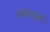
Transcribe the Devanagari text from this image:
ज्ञानको